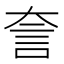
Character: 𧥢